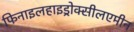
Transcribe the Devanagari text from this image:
फिनाइलहाइड्रोक्सीलएमीन